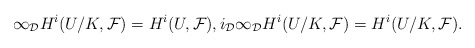
\begin{align*} \infty_\mathcal{D}H^i(U/K,\mathcal{F})=H^i(U,\mathcal{F}), i_\mathcal{D}\infty_\mathcal{D}H^i(U/K,\mathcal{F})=H^i(U/K,\mathcal{F}). \end{align*}